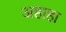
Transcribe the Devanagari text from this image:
अहाहा